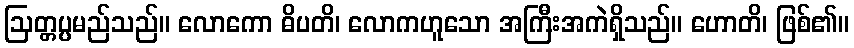
ဩတ္တပ္ပမည်သည်။ လောကော ဓိပတိ၊ လောကဟူသော အကြီးအကဲရှိသည်။ ဟောတိ၊ ဖြစ်၏။